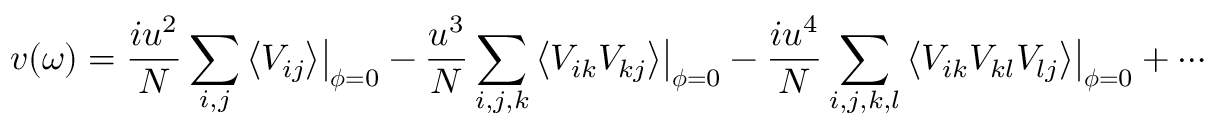
v ( \omega ) = \frac { i u ^ { 2 } } { N } \sum _ { i , j } \big \langle V _ { i j } \big \rangle \big | _ { \boldsymbol { \phi } = 0 } - \frac { u ^ { 3 } } { N } \sum _ { i , j , k } \big \langle V _ { i k } V _ { k j } \big \rangle \big | _ { \boldsymbol { \phi } = 0 } - \frac { i u ^ { 4 } } { N } \sum _ { i , j , k , l } \big \langle V _ { i k } V _ { k l } V _ { l j } \big \rangle \big | _ { \boldsymbol { \phi } = 0 } + \cdots